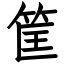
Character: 筐